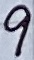
Text: 9